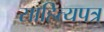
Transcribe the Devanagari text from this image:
साहित्यपत्र